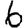
Digit: 6